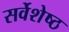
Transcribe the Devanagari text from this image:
सर्वेशेष्ठ